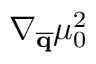
\nabla _ { \overline { { \mathbf { q } } } } \mu _ { 0 } ^ { 2 }